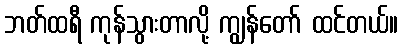
ဘတ်ထရီ ကုန်သွားတာလို့ ကျွန်တော် ထင်တယ်။